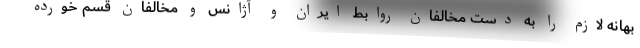
بهانه لازم را به دست مخالفان روابط ایران و آژانس و مخالفان قسم خورده